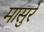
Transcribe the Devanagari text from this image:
मासुरे